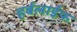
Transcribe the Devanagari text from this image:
हर्बलाईफ